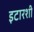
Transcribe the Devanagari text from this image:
इटारशी